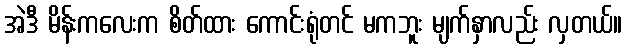
အဲဒီ မိန်းကလေးက စိတ်ထား ကောင်းရုံတင် မကဘူး မျက်နှာလည်း လှတယ်။